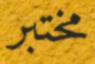
مختبر